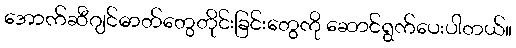
အောက်ဆီဂျင်ဓာတ်တွေတိုင်းခြင်းတွေကို ဆောင်ရွက်ပေးပါတယ်။